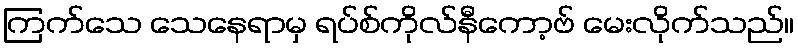
ကြက်သေ သေနေရာမှ ရပ်စ်ကိုလ်နီကော့ဗ် မေးလိုက်သည်။